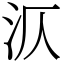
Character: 㳁